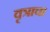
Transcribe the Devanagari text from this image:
वृत्राचा